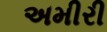
અમીરી